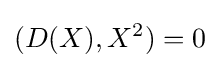
(D(X),X^{2})=0